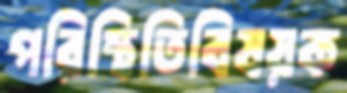
পরিস্থিতিবিষয়ক